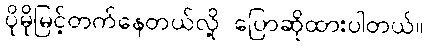
ပိုမိုမြင့်တက်နေတယ်လို့ ပြောဆိုထားပါတယ်။